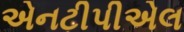
એનટીપીએલ